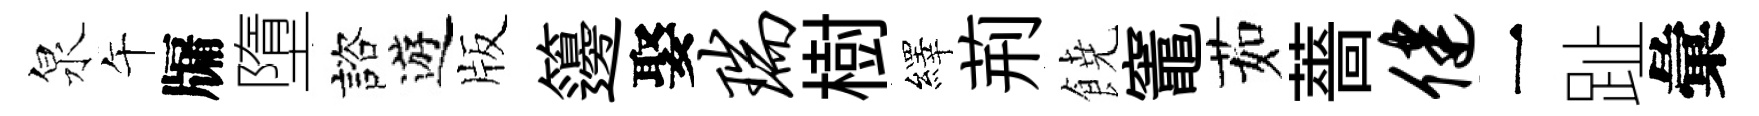
泉午牖墮諮遊版籩娶瑞樹繹荊𩜙竈茹薔健一趾彙